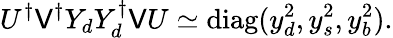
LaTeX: U^{\dagger}\mathsf{V}^{\dagger}Y_{d}Y_{d}^{\dagger}\mathsf{V}U\simeq\mathrm{{diag}}(y_{d}^{2},y_{s}^{2},y_{b}^{2}).